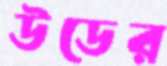
উডের